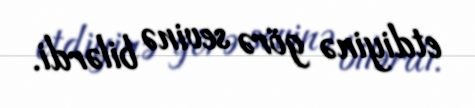
etdiyinə görə sevinə bilərdi.